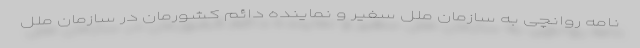
نامه روانچی به سازمان ملل سفیر و نماینده دائم کشورمان در سازمان ملل